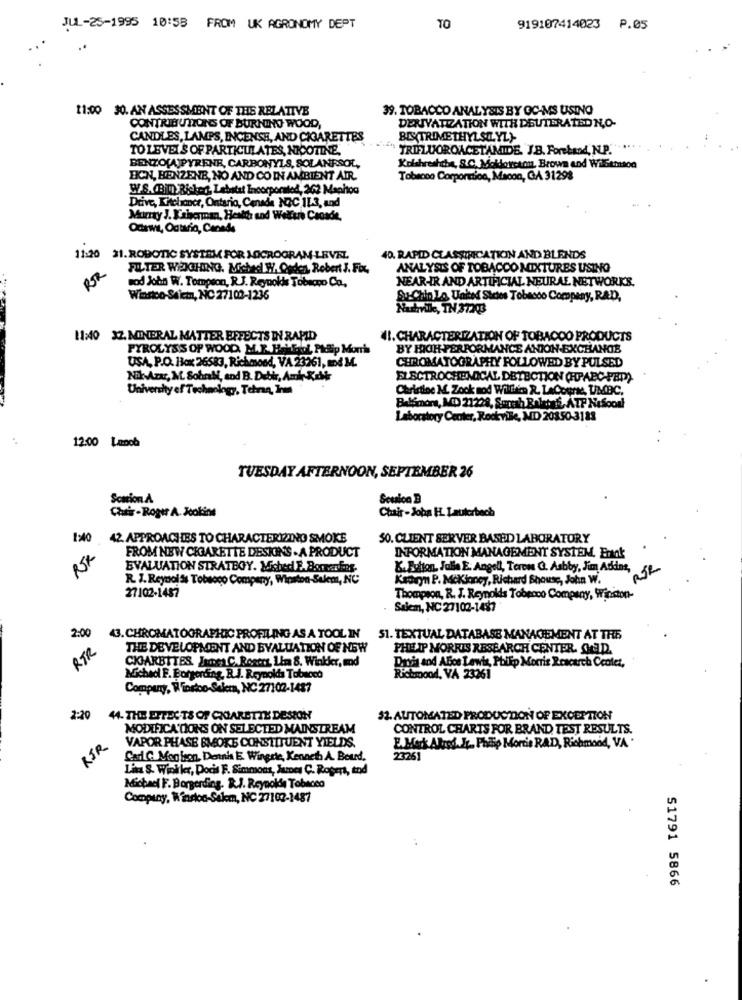
JUL-25-1995 10:58 FROM UK AGRONOMY DEPT
TO
919107414023 P.05
11:00 30. AN ASSESSMENT OF THE RELATIVE
39. TOBACCO ANALYSIS BY GC-MS USING
CONTRIBUTIONS OF BURNING WOOD,
DERIVATIZATION WITH DEUTERATED N,O-
CANDLES, LAMPS, INCENSE, AND CIGARETTES
BIS(TRIMETHYLSE.YL)-
TO LEVELS OF PARTICUL ATES, NICOTINE.
" TRIFLUOROACETAMIDE. J.B. Forehand, N.P.
BENZO[A]PYRENE, CARBONYLS, SOLANRSOL,
Kolshreshche, &.C. Moldoveton, Brown and WilSetton
BICN, BENZENE, NO AND CO IN AMBIENT AIR.
Tobacco Corporation, Macon, GA 31298
W/S. (Bil Ricked, Lebstat Incorporated, 262 Manitou
Drive, Kitchance, Ontario, Canada NOC 11.3, and
Murray J. Kaberman, Health and Welfare Canade.
Odrws, Ontario, Canada
11:20 21. ROBOTIC SYSTEM FOR MOCROGRAM LEVEL.
40. RAPID CLASSIFICATICIN AND BLENDS
RR
FILTER WEIGHING. Miched W. Orden, Robert J. Fox
ANALYSIS OF TOBACCO MIXTURES USING
NEAR-IR AND ARTIFICIAL NEURAL NETWORKS.
wod John W. Tompson, R.J. Reynolds Tobeapo Ca.
Winstco-Saiem, NC 27102-1236
SEChinLo United States Tobacco Company, RAD,
Nadmile, TN 37203
11:40 32. MINERAL MATTER EFFECTS IN RAPID
41. CHARACTERIZATION OF TOBACCO PRODUCTS
PYROLYSIS OF WOOD. M.T. Hall. UL, Plaip Morris
BY HIGH-PERFORMANCE ANION-EXCHANGE
USA, P.O. Box 26583, Richmond, VA 23261, md M.
CHROMATOGRAPHY FOLLOWED BY PULSED
Nik Azur, M. SohnM, and B. Detir, Amir Kalk
ELECTROCHEMICAL DETECTION (HPABC-FED).
University of Technology, Tehran, Irm
Christine M. Zook and Within R. LaCours, UBIC.
Belsnor, MED 21228, Smeth Bolsas ATF Neboos
Laboratory Center, Rockvile, MD 20350-3188
12:00 Lunch
TUESDAY AFTERNOON, SEPTEMBER 26
Scacion A
Chair - Roger A. Jcolins
Chair - John HL. Lauterbach
1:40 42. APPROACHES TO CHARACTERIZINO SMOKE
50. CLIENT SERVER BASED LABORATORY
RR
FROM NEW CIGARETTE DESIOINS . A PRODUCT
INFORMATION MANAGEMENT SYSTEM. Enok
EVALUATION STRATBOY. Mished E. Bonnardfans.
K. Bolton, Julie E. Angell, Teren G. Asbby, Jim Addns
RER
R. J. Reynolds Tobacco Company, Winston-Salem, NC
Kadry P. Mckinney, Richard Shouse, John W.
27102-1487
Thompson, R. J. Reynolds Tobpoco Company, Winston-
Salem, NC 27102-1487
2:00
43. CHROMATOGRAPHIC PROFILING AS A TOOL IN 51. TEXTUAL DATABASE MANAGEMENT AT TRE
RTR
THE DEVELOPMENT AND EVALUATION OF NEW
PHE IP MORRIS RESEARCH CENTER. GOD.
CHIARBITES, Inter C.Rosens Lin 8. Winkker, and
Duth and Abcs Lewis, Philip Morris Rescarch Ccolet,
Michacl F. Borgerding, R.J. Reynolds Tabacco
Richmond, VA 23261
Company, Winston-Salem, NC 27102-1487
2:20
44. THE EFFECTS OF CHIARETTE DESION
32. AUTOMATED PRODUCTION OF EXCEPTION
MODIFICATIONS ON SELECTED MAINSTREAM
CONTROL CHARTS FOR BRAND TEST RESULTS.
RJR
VAPOR PHASE SMOKE CONSTITUENT YIELDS.
E. Mark Alred. It ., Philip Morris RAD, Richmond, VA .
Cad C. Mog ison, Dernis E. Wingdie, Kenneth A. Beurd.
23251
Lina S. Winkler, Pocis F. Simmons, James C. Rogers, tod
Michael F. Borgerding. R.J. Reynolds Tobacco
Company, Winston-Salem, NC 27102-1487
51791 5866